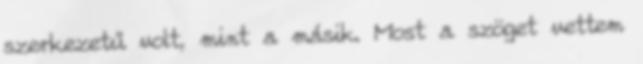
szerkezetű volt, mint a másik. Most a szöget vettem